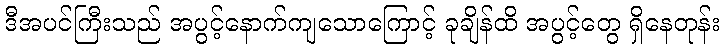
ဒီအပင်ကြီးသည် အပွင့်နောက်ကျသောကြောင့် ခုချိန်ထိ အပွင့်တွေ ရှိနေတုန်း